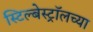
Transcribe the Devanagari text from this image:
स्टिल्बेस्ट्रॉलच्या